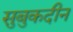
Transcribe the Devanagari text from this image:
सुबुकदीन